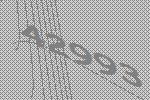
42993